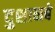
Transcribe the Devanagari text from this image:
दुशानबे